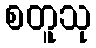
စတူသု